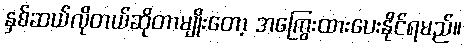
နှစ်ဆယ်လိုတယ်ဆိုတာမျိုးတော့ အကြွေးထားပေးနိုင်ရမည်။